65_HS1-834228961_62-HQ-83894_Section_5
Agency: FBI
Page 77
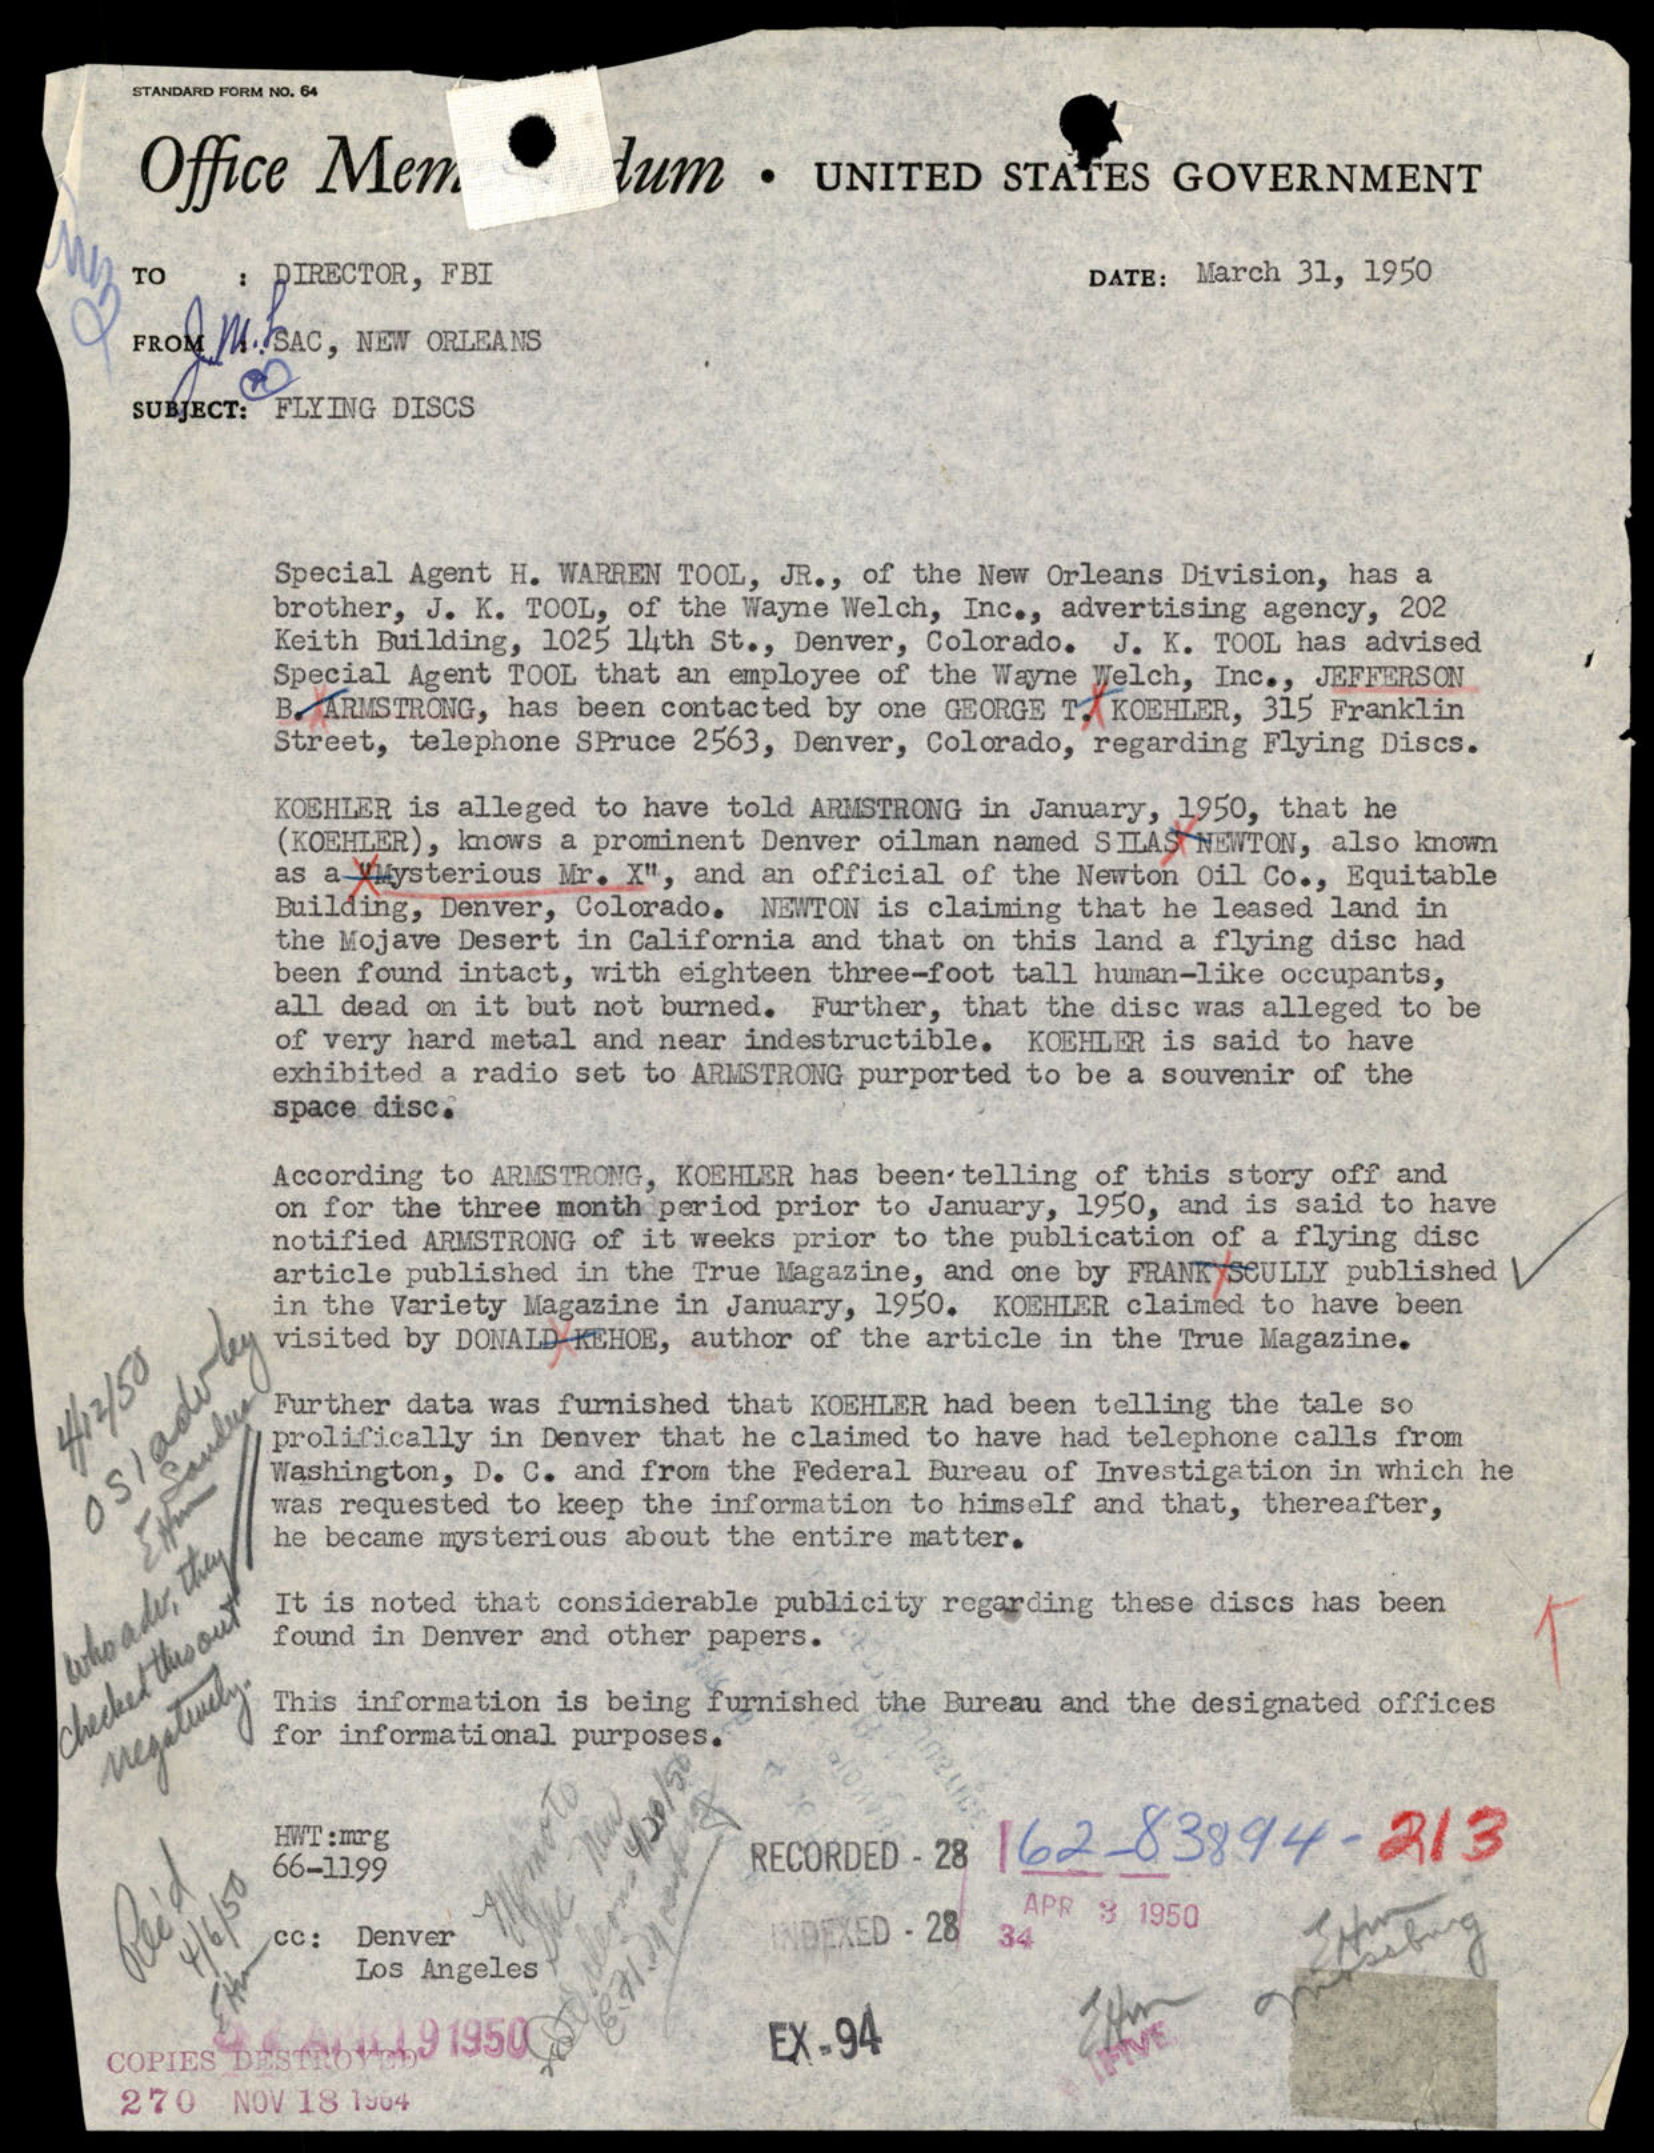